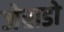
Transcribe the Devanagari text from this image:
जेराडो